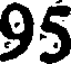
95